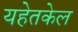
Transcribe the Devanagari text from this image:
यहेतकेल